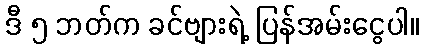
ဒီ ၅ ဘတ်က ခင်ဗျားရဲ့ ပြန်အမ်းငွေပါ။